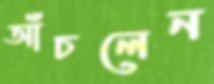
আঁচলেন